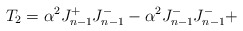
\begin{align*} T_2 = \alpha ^2 J^+_{n-1} J^-_{n-1} - \alpha ^2 J^-_{n-1} J^-_{n-1} +\end{align*}